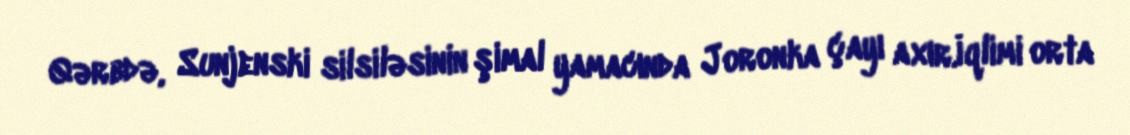
Qərbdə, Sunjenski silsiləsinin şimal yamacında Joronka çayı axır.İqlimi orta